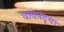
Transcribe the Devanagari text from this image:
धावपटूचा